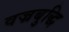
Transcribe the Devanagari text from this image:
वज्रबुद्धि